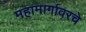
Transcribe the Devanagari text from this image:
महामार्गावरचे